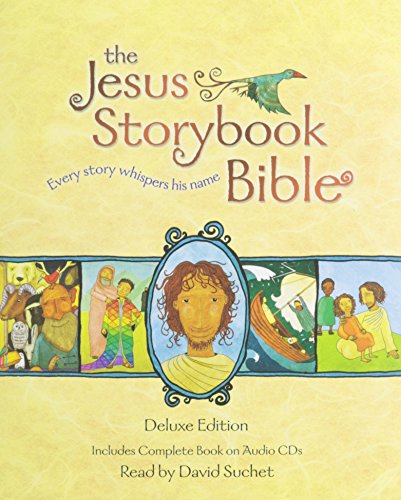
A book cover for The Jesus Storybook Bible Deluxe Edition; Sally Lloyd-Jones; Education & Teaching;